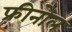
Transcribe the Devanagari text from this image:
फ़्रीनोल